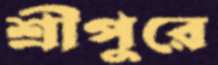
শ্রীপুরে